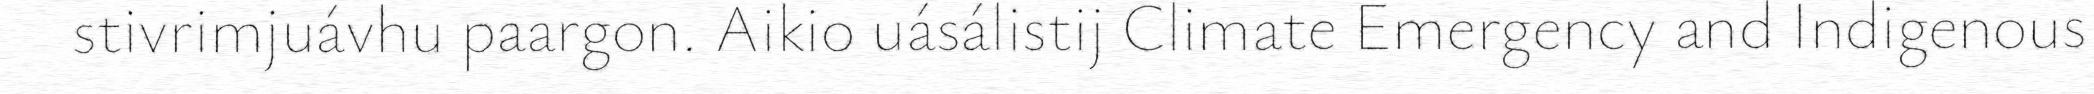
stivrimjuávhu paargon. Aikio uásálistij Climate Emergency and Indigenous